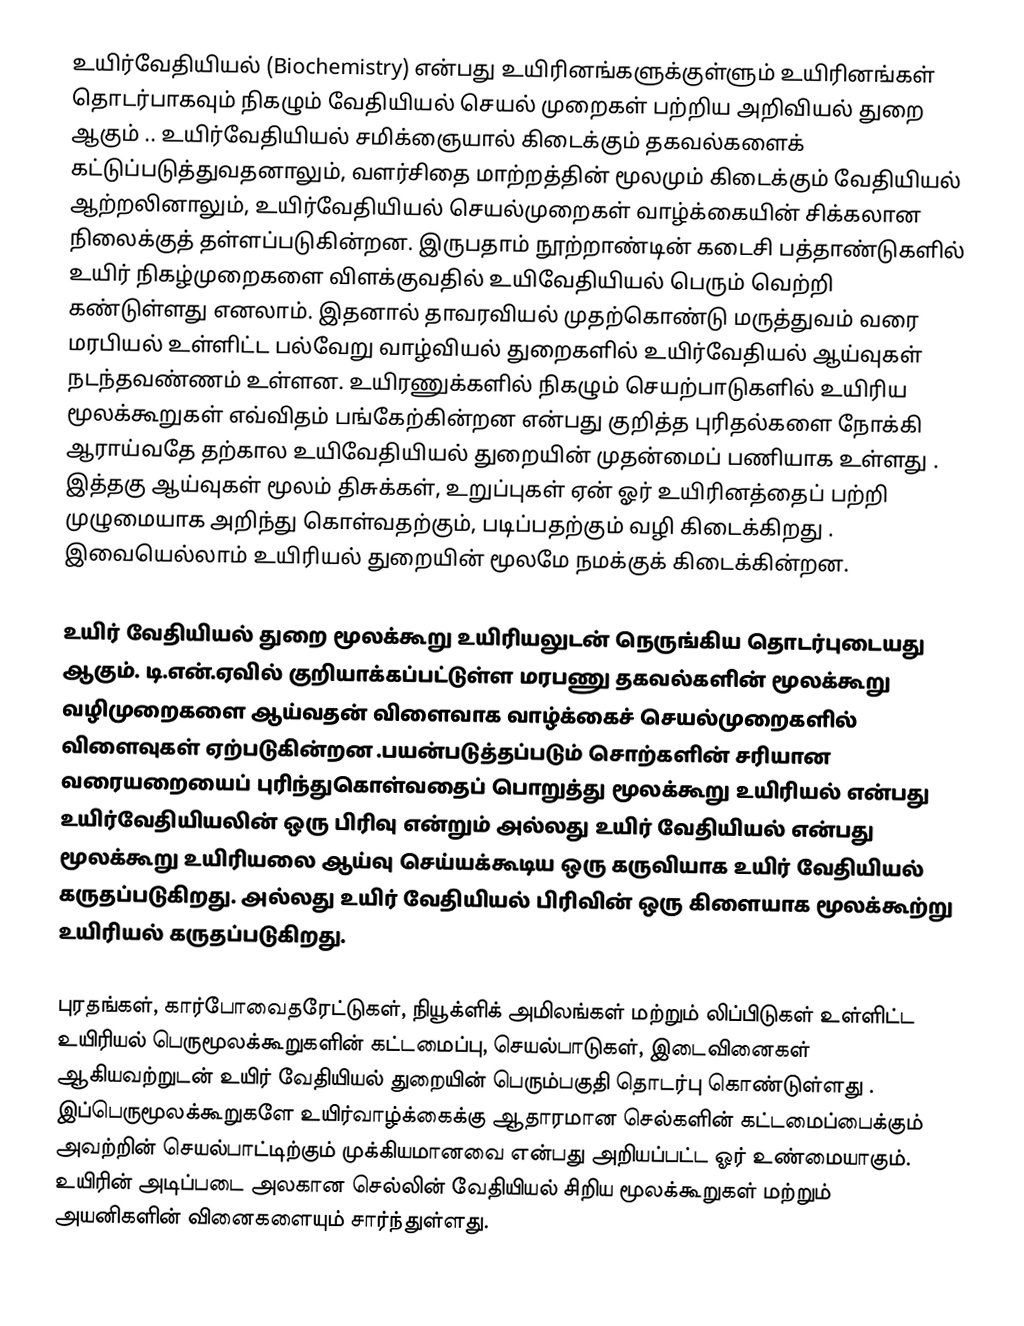
உயிர்வேதியியல் (Biochemistry) என்பது உயிரினங்களுக்குள்ளும் உயிரினங்கள் தொடர்பாகவும் நிகழும் வேதியியல் செயல் முறைகள் பற்றிய அறிவியல் துறை ஆகும் .. உயிர்வேதியியல் சமிக்ஞையால் கிடைக்கும் தகவல்களைக் கட்டுப்படுத்துவதனாலும், வளர்சிதை மாற்றத்தின் மூலமும் கிடைக்கும் வேதியியல் ஆற்றலினாலும், உயிர்வேதியியல் செயல்முறைகள் வாழ்க்கையின் சிக்கலான நிலைக்குத் தள்ளப்படுகின்றன. இருபதாம் நூற்றாண்டின் கடைசி பத்தாண்டுகளில்  உயிர் நிகழ்முறைகளை விளக்குவதில் உயிவேதியியல் பெரும் வெற்றி கண்டுள்ளது எனலாம். இதனால் தாவரவியல் முதற்கொண்டு மருத்துவம்  வரை மரபியல் உள்ளிட்ட பல்வேறு வாழ்வியல் துறைகளில் உயிர்வேதியல் ஆய்வுகள் நடந்தவண்ணம் உள்ளன. உயிரணுக்களில் நிகழும் செயற்பாடுகளில் உயிரிய மூலக்கூறுகள் எவ்விதம் பங்கேற்கின்றன என்பது குறித்த புரிதல்களை நோக்கி ஆராய்வதே தற்கால உயிவேதியியல் துறையின் முதன்மைப் பணியாக உள்ளது . இத்தகு ஆய்வுகள் மூலம் திசுக்கள், உறுப்புகள் ஏன் ஓர் உயிரினத்தைப் பற்றி முழுமையாக அறிந்து கொள்வதற்கும், படிப்பதற்கும் வழி கிடைக்கிறது . இவையெல்லாம் உயிரியல் துறையின் மூலமே நமக்குக் கிடைக்கின்றன.

உயிர் வேதியியல் துறை மூலக்கூறு உயிரியலுடன் நெருங்கிய தொடர்புடையது ஆகும். டி.என்.ஏவில் குறியாக்கப்பட்டுள்ள மரபணு தகவல்களின் மூலக்கூறு வழிமுறைகளை ஆய்வதன் விளைவாக வாழ்க்கைச்  செயல்முறைகளில் விளைவுகள் ஏற்படுகின்றன .பயன்படுத்தப்படும் சொற்களின் சரியான வரையறையைப் புரிந்துகொள்வதைப் பொறுத்து மூலக்கூறு உயிரியல் என்பது உயிர்வேதியியலின் ஒரு பிரிவு என்றும் அல்லது உயிர் வேதியியல் என்பது மூலக்கூறு உயிரியலை ஆய்வு செய்யக்கூடிய ஒரு கருவியாக உயிர் வேதியியல் கருதப்படுகிறது. அல்லது உயிர் வேதியியல் பிரிவின் ஒரு கிளையாக மூலக்கூற்று உயிரியல் கருதப்படுகிறது.

புரதங்கள், கார்போவைதரேட்டுகள், நியூக்ளிக் அமிலங்கள் மற்றும் லிப்பிடுகள் உள்ளிட்ட உயிரியல் பெருமூலக்கூறுகளின் கட்டமைப்பு, செயல்பாடுகள், இடைவினைகள் ஆகியவற்றுடன் உயிர்  வேதியியல் துறையின் பெரும்பகுதி தொடர்பு கொண்டுள்ளது . இப்பெருமூலக்கூறுகளே உயிர்வாழ்க்கைக்கு ஆதாரமான செல்களின் கட்டமைப்பைக்கும் அவற்றின் செயல்பாட்டிற்கும் முக்கியமானவை என்பது அறியப்பட்ட ஓர் உண்மையாகும். உயிரின் அடிப்படை அலகான செல்லின் வேதியியல் சிறிய மூலக்கூறுகள் மற்றும் அயனிகளின் வினைகளையும் சார்ந்துள்ளது.